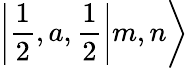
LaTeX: \left|\left.\frac{1}{2},a,\frac{1}{2}\right|m,n\right\rangle